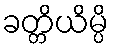
ခတ္တိယိမ္ပိ